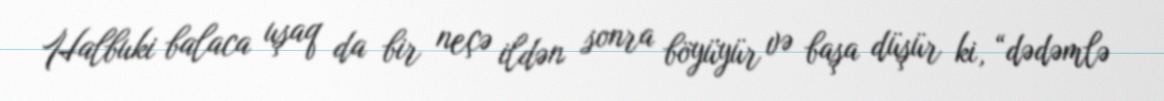
Halbuki balaca uşaq da bir neçə ildən sonra böyüyür və başa düşür ki, “dədəmlə